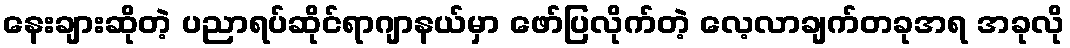
နေးချားဆိုတဲ့ ပညာရပ်ဆိုင်ရာဂျာနယ်မှာ ဖော်ပြလိုက်တဲ့ လေ့လာချက်တခုအရ အခုလို